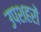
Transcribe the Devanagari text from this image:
उपशहरों